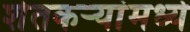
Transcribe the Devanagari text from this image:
शेतकर्‍यांमध्ये